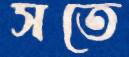
সতে